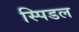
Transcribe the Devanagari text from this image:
स्पिडल